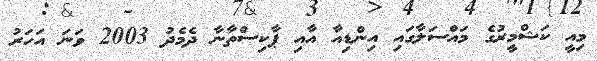
މިއީ ކަޝްމީރުގެ މައްސަލާގައި އިންޑިއާ އާއި ޕާކިސްތާނާ ދެމެދު 2003 ވަނަ އަހަރު